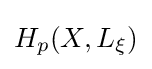
H_{p}(X,L_{\xi })